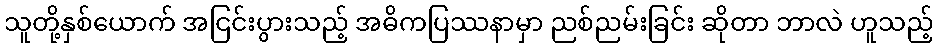
သူတို့နှစ်ယောက် အငြင်းပွားသည့် အဓိကပြဿနာမှာ ညစ်ညမ်းခြင်း ဆိုတာ ဘာလဲ ဟူသည့်